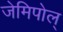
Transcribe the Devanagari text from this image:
जेमिपोल्